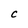
Character: C